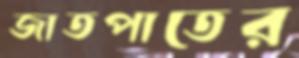
জাতপাতের